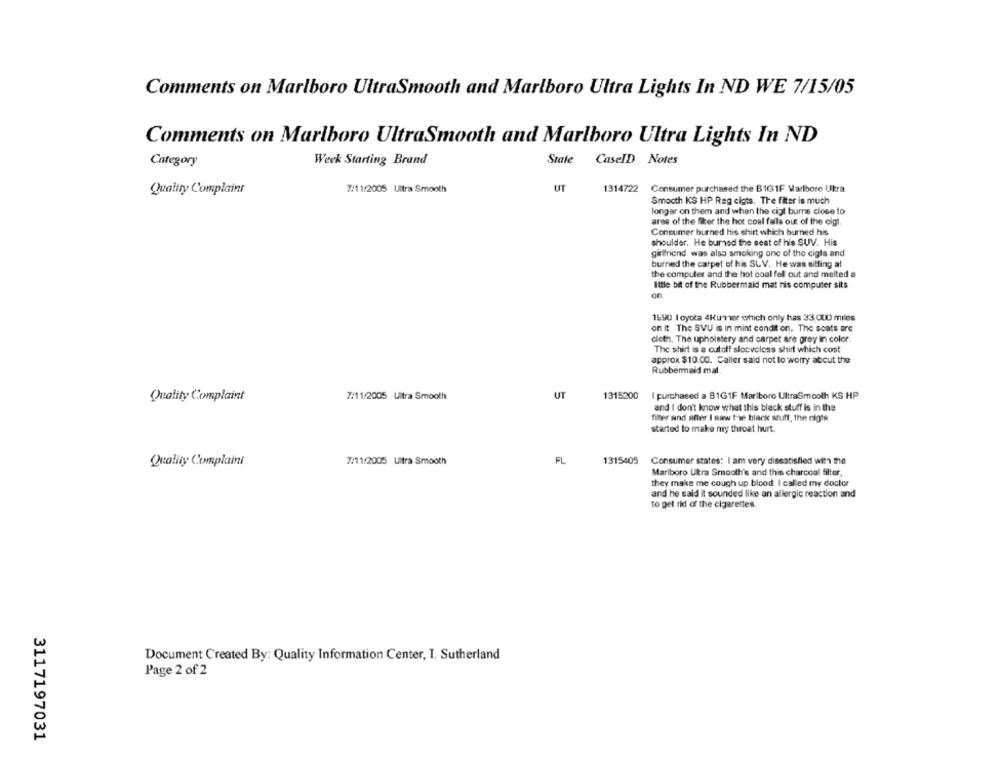
Comments on Marlboro UltraSmooth and Marlboro Ultra Lights In ND WE 7/15/05
Comments on Marlboro UltraSmooth and Marlboro Ultra Lights In ND
Week Starting Brand
State
CaseID Notes
Category
7/11/2005 Ultra Smooth
UT
1314722 Consumer purchased the BIG 1F Marlboro Ukra
Quality Complaint
Smooth KS HP Reg cigts. The filter is much
longer on them and when the ciot burns close to
area of the fier the hot coul falls out of the cigt.
Consumer burned his shirt which burned his
shoulder. He burned the seat of his SUV. His
girlfriend was also smoking one of the cigls and
burned the carpet of his SLV. He was sitting at
the computer and the hot coal fell out and melted a
Ittle bit of the Rubbermaid mat his computer sits
on
15:90 I oyota 4kumer which only has 33,QU0 miles
on it The SVU is in mint condit on. The seats are
cloth. The upholstery and carpet are grey in color.
The shirt is a cutoff sleeveless shirt which cost
approx $10.00. Caller said not to worry about the
Rubbermaid mal.
UT
1315200
I purchased a B1G1F Marlboro UltraSmooth KS HP
Quality Complaint
7/11/2005 Ultra Smooth
and I don't know what this black stuff is in the
fiber and after I swww Me black snuff, the nigts
started to make my throat hurt.
Quality Complaint
7/11/2005 Ultra Smooth
FL
1315405
Consumer states: I am very dissatisfied with the
Marlboro Ultra Smooth's and this charcoal filter,
they make me cough up blood. I called my doctor
and he said it sounded like an allergic reaction and
to get rid of the cigarettes.
Document Created By: Quality Information Center, I. Sutherland
Page 2 of 2
3117197031